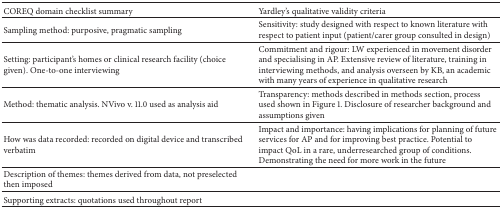
<table><thead><tr><td><b>COREQ domain checklist summary</b></td><td><b>Yardley's qualitative validity criteria</b></td></tr></thead><tbody><tr><td>Sampling method: purposive, pragmatic sampling</td><td>Sensitivity: study designed with respect to known literature with respect to patient input (patient/carer group consulted in design)</td></tr><tr><td>Setting: participant's homes or clinical research facility (choice given). One-to-one interviewing</td><td>Commitment and rigour: LW experienced in movement disorder and specialising in AP. Extensive review of literature, training in interviewing methods, and analysis overseen by KB, an academic with many years of experience in qualitative research</td></tr><tr><td>Method: thematic analysis. NVivo v. 11.0 used as analysis aid</td><td>Transparency: methods described in methods section, process used shown in Figure 1. Disclosure of researcher background and assumptions given</td></tr><tr><td>How was data recorded: recorded on digital device and transcribed verbatim</td><td>Impact and importance: having implications for planning of future services for AP and for improving best practice. Potential to impact QoL in a rare, underresearched group of conditions. Demonstrating the need for more work in the future</td></tr><tr><td>Description of themes: themes derived from data, not preselected then imposed</td><td>[EMPTY_CELL]</td></tr><tr><td>Supporting extracts: quotations used throughout report</td><td>[EMPTY_CELL]</td></tr></tbody></table>